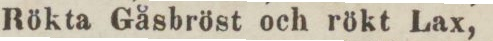
Rökta Gåsbröst och rökt Lax,